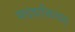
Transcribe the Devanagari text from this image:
मदशक्तिवत्